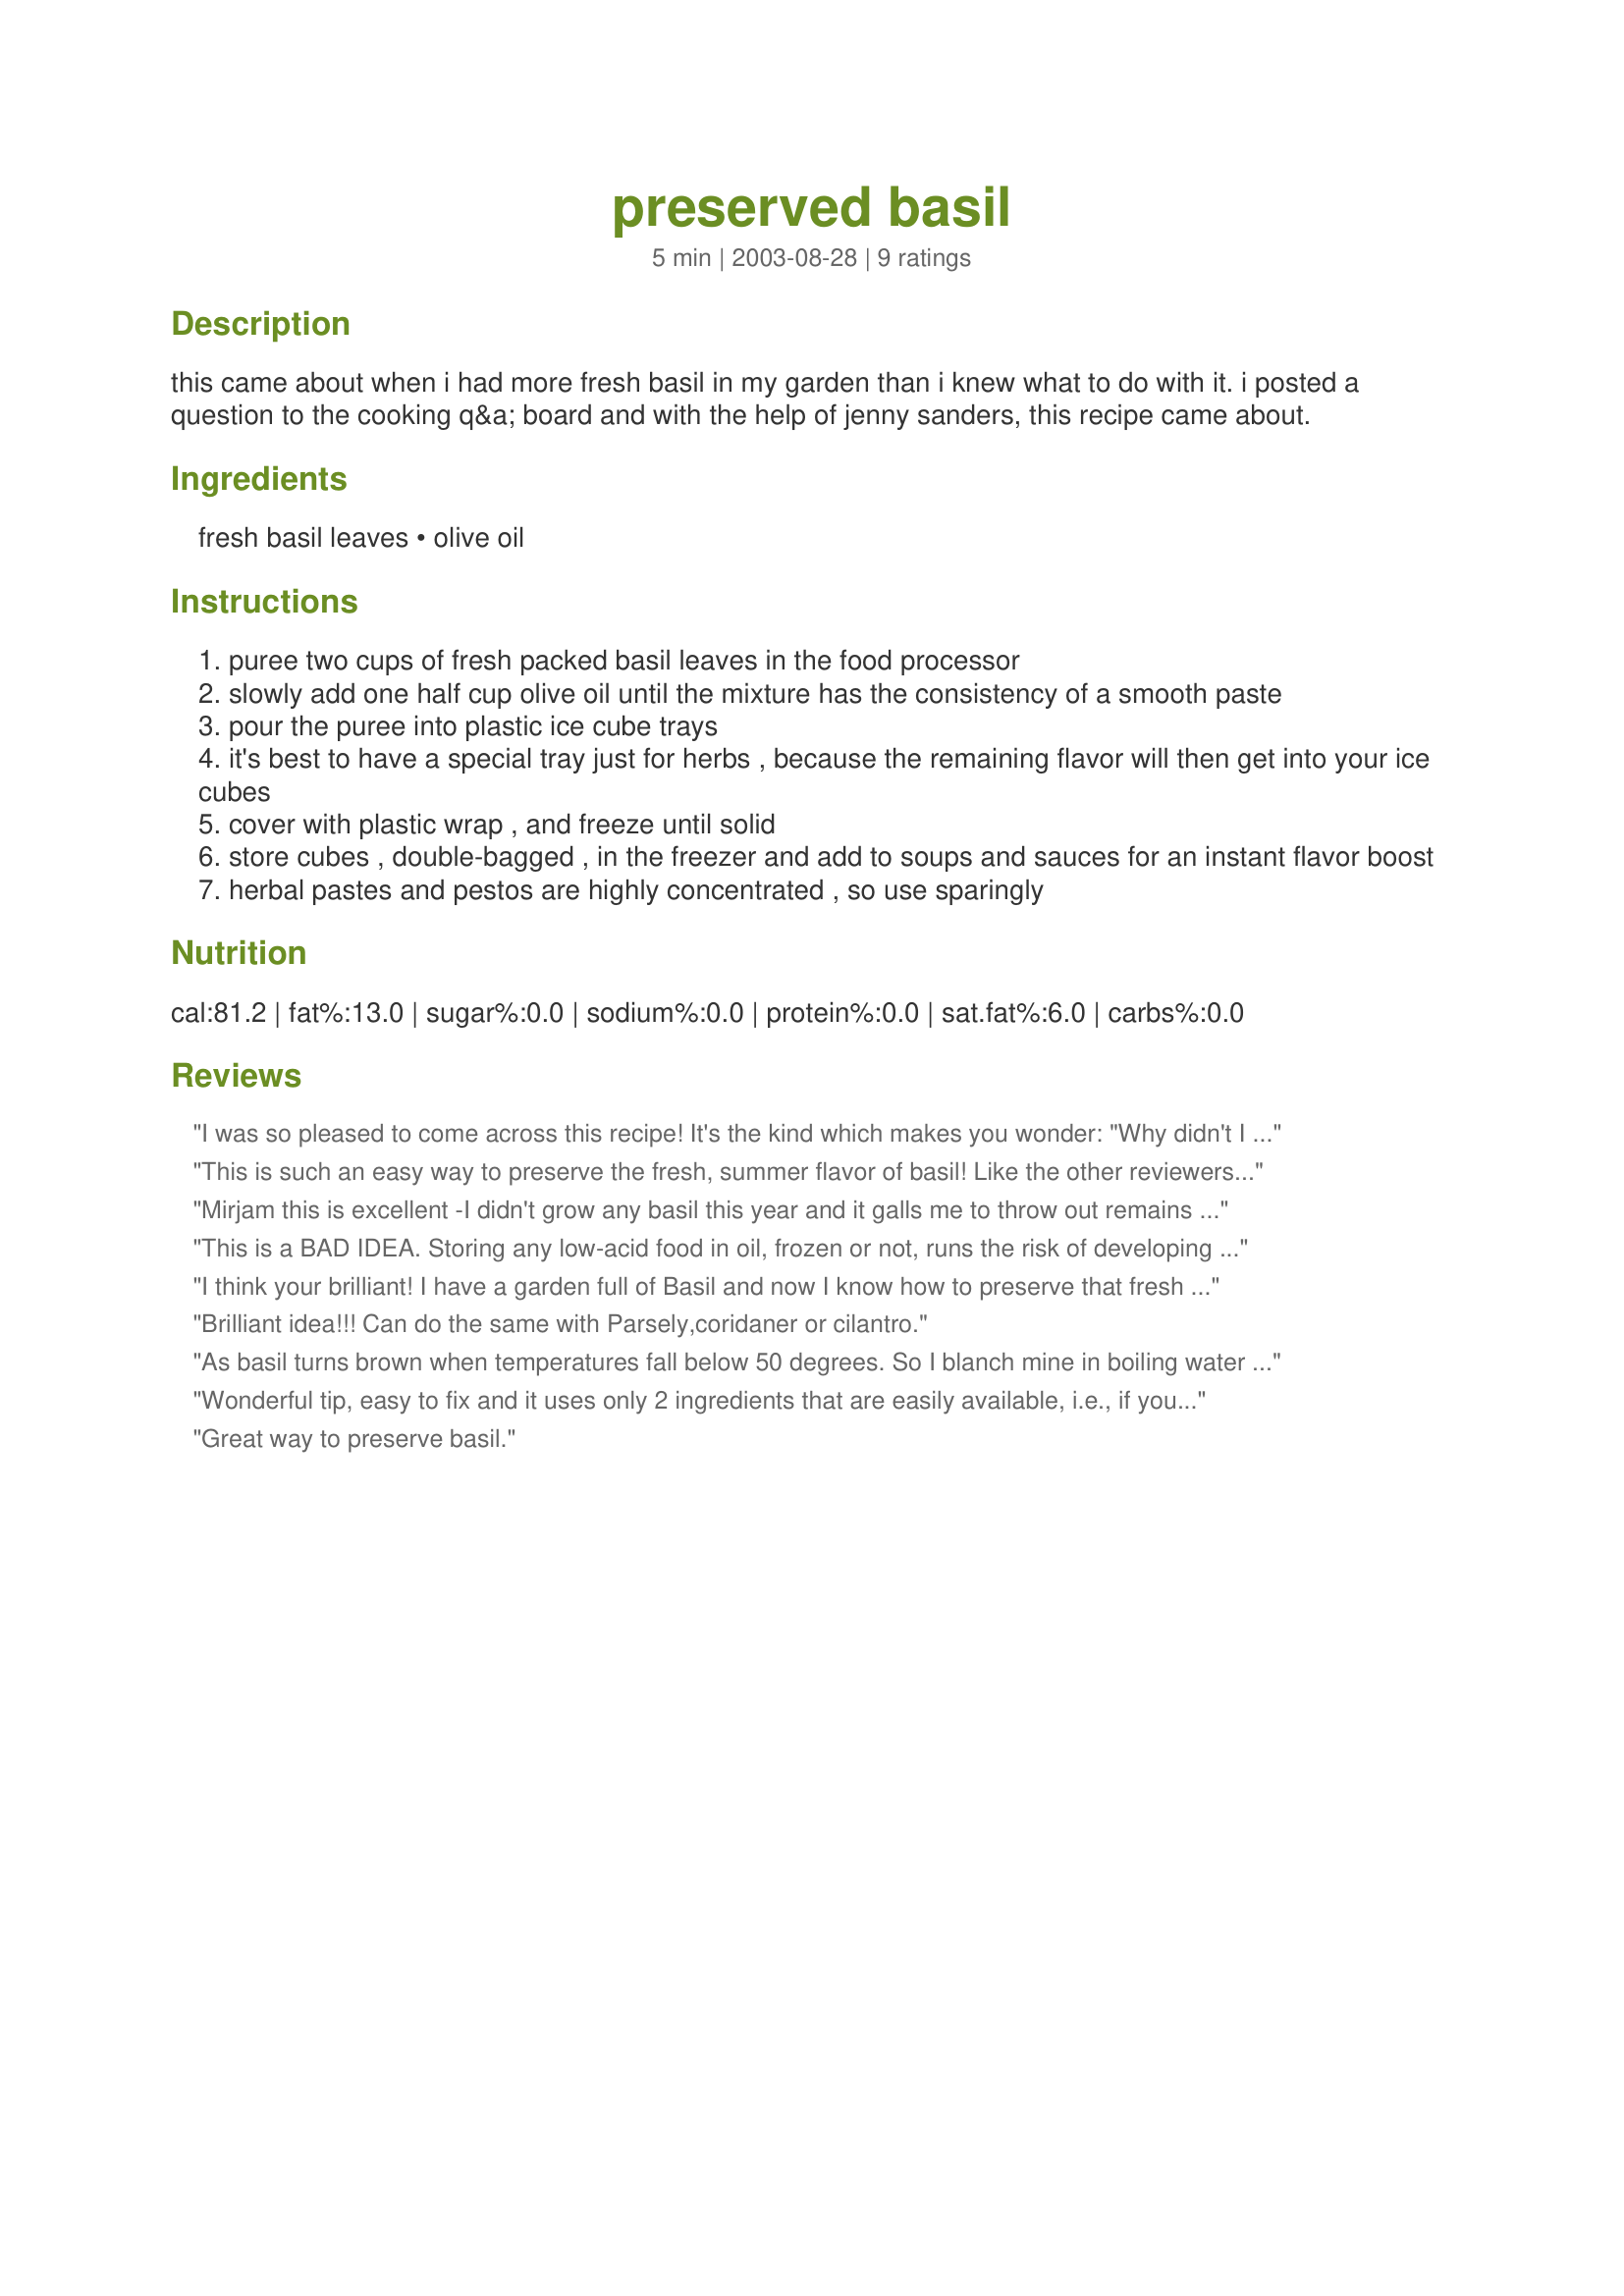
preserved basil
Preparation time: 5 minutes

this came about when i had more fresh basil in my garden than i knew what to do with it. i posted a question to the cooking q&a board and with the help of jenny sanders, this recipe came about.

Ingredients:
fresh basil leaves, olive oil

Steps:
puree two cups of fresh packed basil leaves in the food processor
slowly add one half cup olive oil until the mixture has the consistency of a smooth paste
pour the puree into plastic ice cube trays
it's best to have a special tray just for herbs , because the remaining flavor will then get into your ice cubes
cover with plastic wrap , and freeze until solid
store cubes , double-bagged , in the freezer and add to soups and sauces for an instant flavor boost
herbal pastes and pestos are highly concentrated , so use sparingly

Reviews:
I was so pleased to come across this recipe! It's the kind which makes you wonder: "Why didn't I think of that??" Well, I didn't.

It's summer in South Africa now (Jan 2006), I have "basil for Africa", as we often say of a glut of things, and I've recently found out that my darling husband is not nearly as enchanted by pesto with pasta as I am!! In desperation I typed in "basil" in Zaar's search, and found your gem, Mirj. A gem, because basil is so fragile and impossible to preserve.

I've just made 1 batch (will do more) and it filled exactly 12 little round "ice holes". I would advise cooks not to use the shallow ice cube trays, and also, I did press in the leaves when I measured, and it takes a lot of basil leaves to make up 2 cups. (Well, I picked a LOT anyway!)

Oh, one more tip: I think one defrosted cube added to a vinaigrette (salad) dressing in deep midwinter will be great.
This is such an easy way to preserve the fresh, summer flavor of basil! Like the other reviewers...why haven't I been doing this all along? ;-) Thanks so much for ensuring I never waste fresh basil again!
Mirjam this is excellent -I didn't grow any basil this year and it galls me to throw out remains unused when I buy it - I will do this with cilantro too. I made it in the ice cube trays but onlu did 1/2 full so I had smaller amounts. I made scrambled eggs used a lump of basil, your sundried tomatoes and a bit of Feta cheese - This was a breakfast in heaven Thanks Mirj for yet another great recipe
This is a BAD IDEA. Storing any low-acid food in oil, frozen or not, runs the risk of developing botulism. Leaves of herbs are less likely to carry botulism spores, but it is still possible. THIS IS A FOOD SAFETY NO-NO.
I think your brilliant! I have a garden full of Basil and now I know how to preserve that fresh summer flavor in the cold winter months! Thanks :)
Brilliant idea!!!
Can do the same with Parsely,coridaner or cilantro.
As basil turns brown when temperatures fall below 50 degrees. So I blanch mine in boiling water for 5 seconds, then continue chopping and freezing. This way it stays a beautiful bright green while frozen.
Wonderful tip, easy to fix and it uses only 2 ingredients that are easily available, i.e., if you grow basil in your garden, like we do. I did this using fresh corriander leaves. I'm thinking of trying mint leaves and parsley next. What a brilliant way to add flavour to soups! Thank you very much for sharing!!
Great way to preserve basil.
